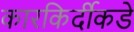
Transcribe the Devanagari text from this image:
कारकिर्दीकडे